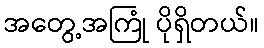
အတွေ့အကြုံ ပိုရှိတယ်။